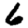
Digit: 6